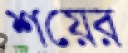
শয়ের